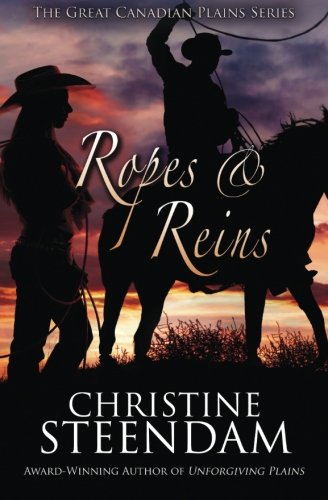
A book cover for Ropes & Reins (The Great Canadian Plains Series) (Volume 2); Christine Steendam; Romance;